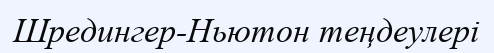
Шредингер-Ньютон теңдеулері